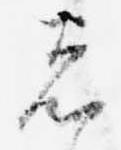
者